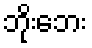
ဘိုးဘေး